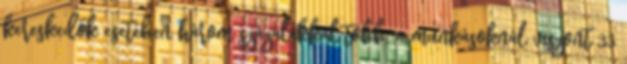
kereskedők esetében három százalékkal több, a munkásoknál viszont 33